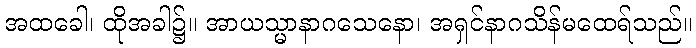
အထခေါ၊ ထိုအခါ၌။ အာယသ္မာနာဂသေနော၊ အရှင်နာဂသိန်မထေရ်သည်။